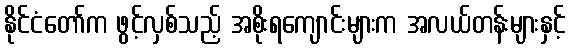
နိုင်ငံတော်က ဖွင့်လှစ်သည့် အစိုးရကျောင်းများက အလယ်တန်းများနှင့်